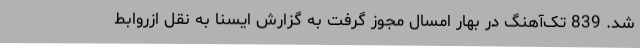
شد. 839 تک‌آهنگ در بهار امسال مجوز گرفت به گزارش ایسنا به نقل ازروابط